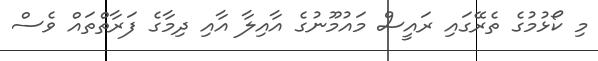
މި ކޯޅުމުގެ ތެރޭގައި ރައީސް މައުމޫނުގެ އާއިލާ އާއި ދިމާގެ ފަރާތްތައް ވެސް